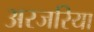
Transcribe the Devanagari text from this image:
अरजरिया